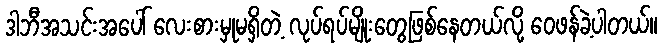
ဒါဘီအသင်းအပေါ် လေးစားမှုမရှိတဲ့ လုပ်ရပ်မျိုးတွေဖြစ်နေတယ်လို့ ဝေဖန်ခဲ့ပါတယ်။